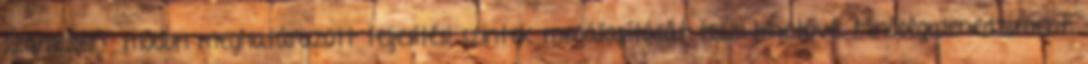
számszerű módon meghatározott teljesítési szintek megállapítását teszi lehetővé. Minőségmenedzsment: